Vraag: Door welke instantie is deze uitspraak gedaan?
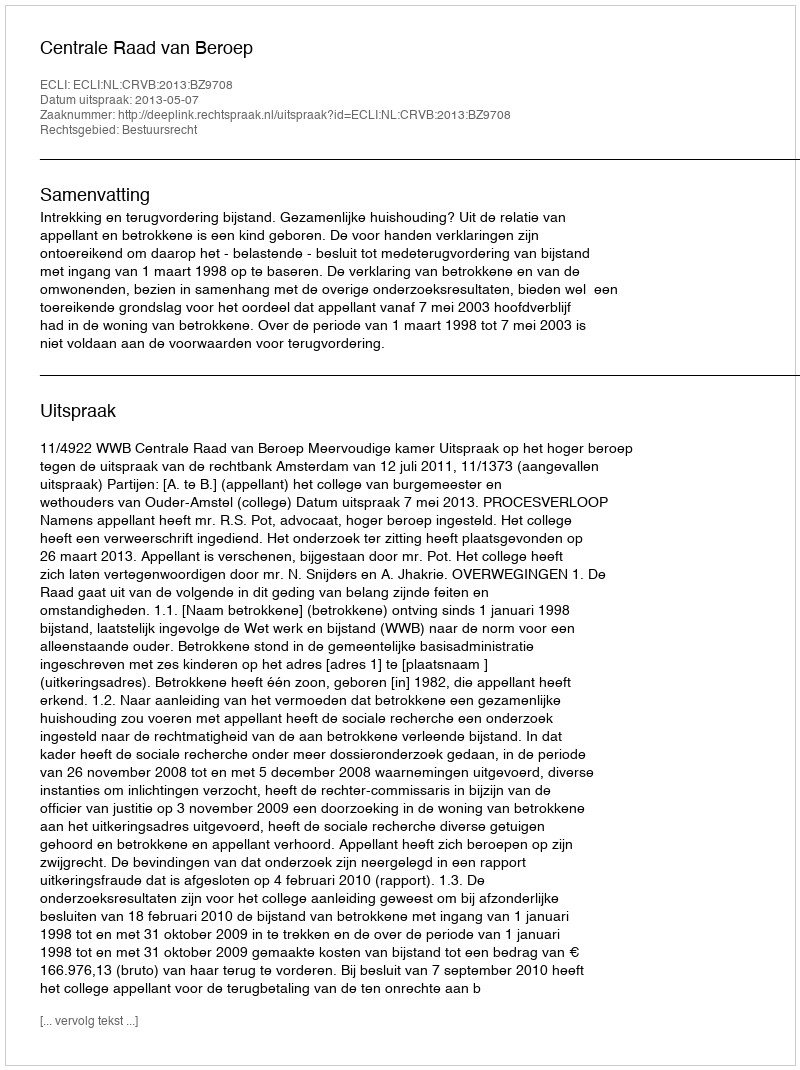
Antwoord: Centrale Raad van Beroep